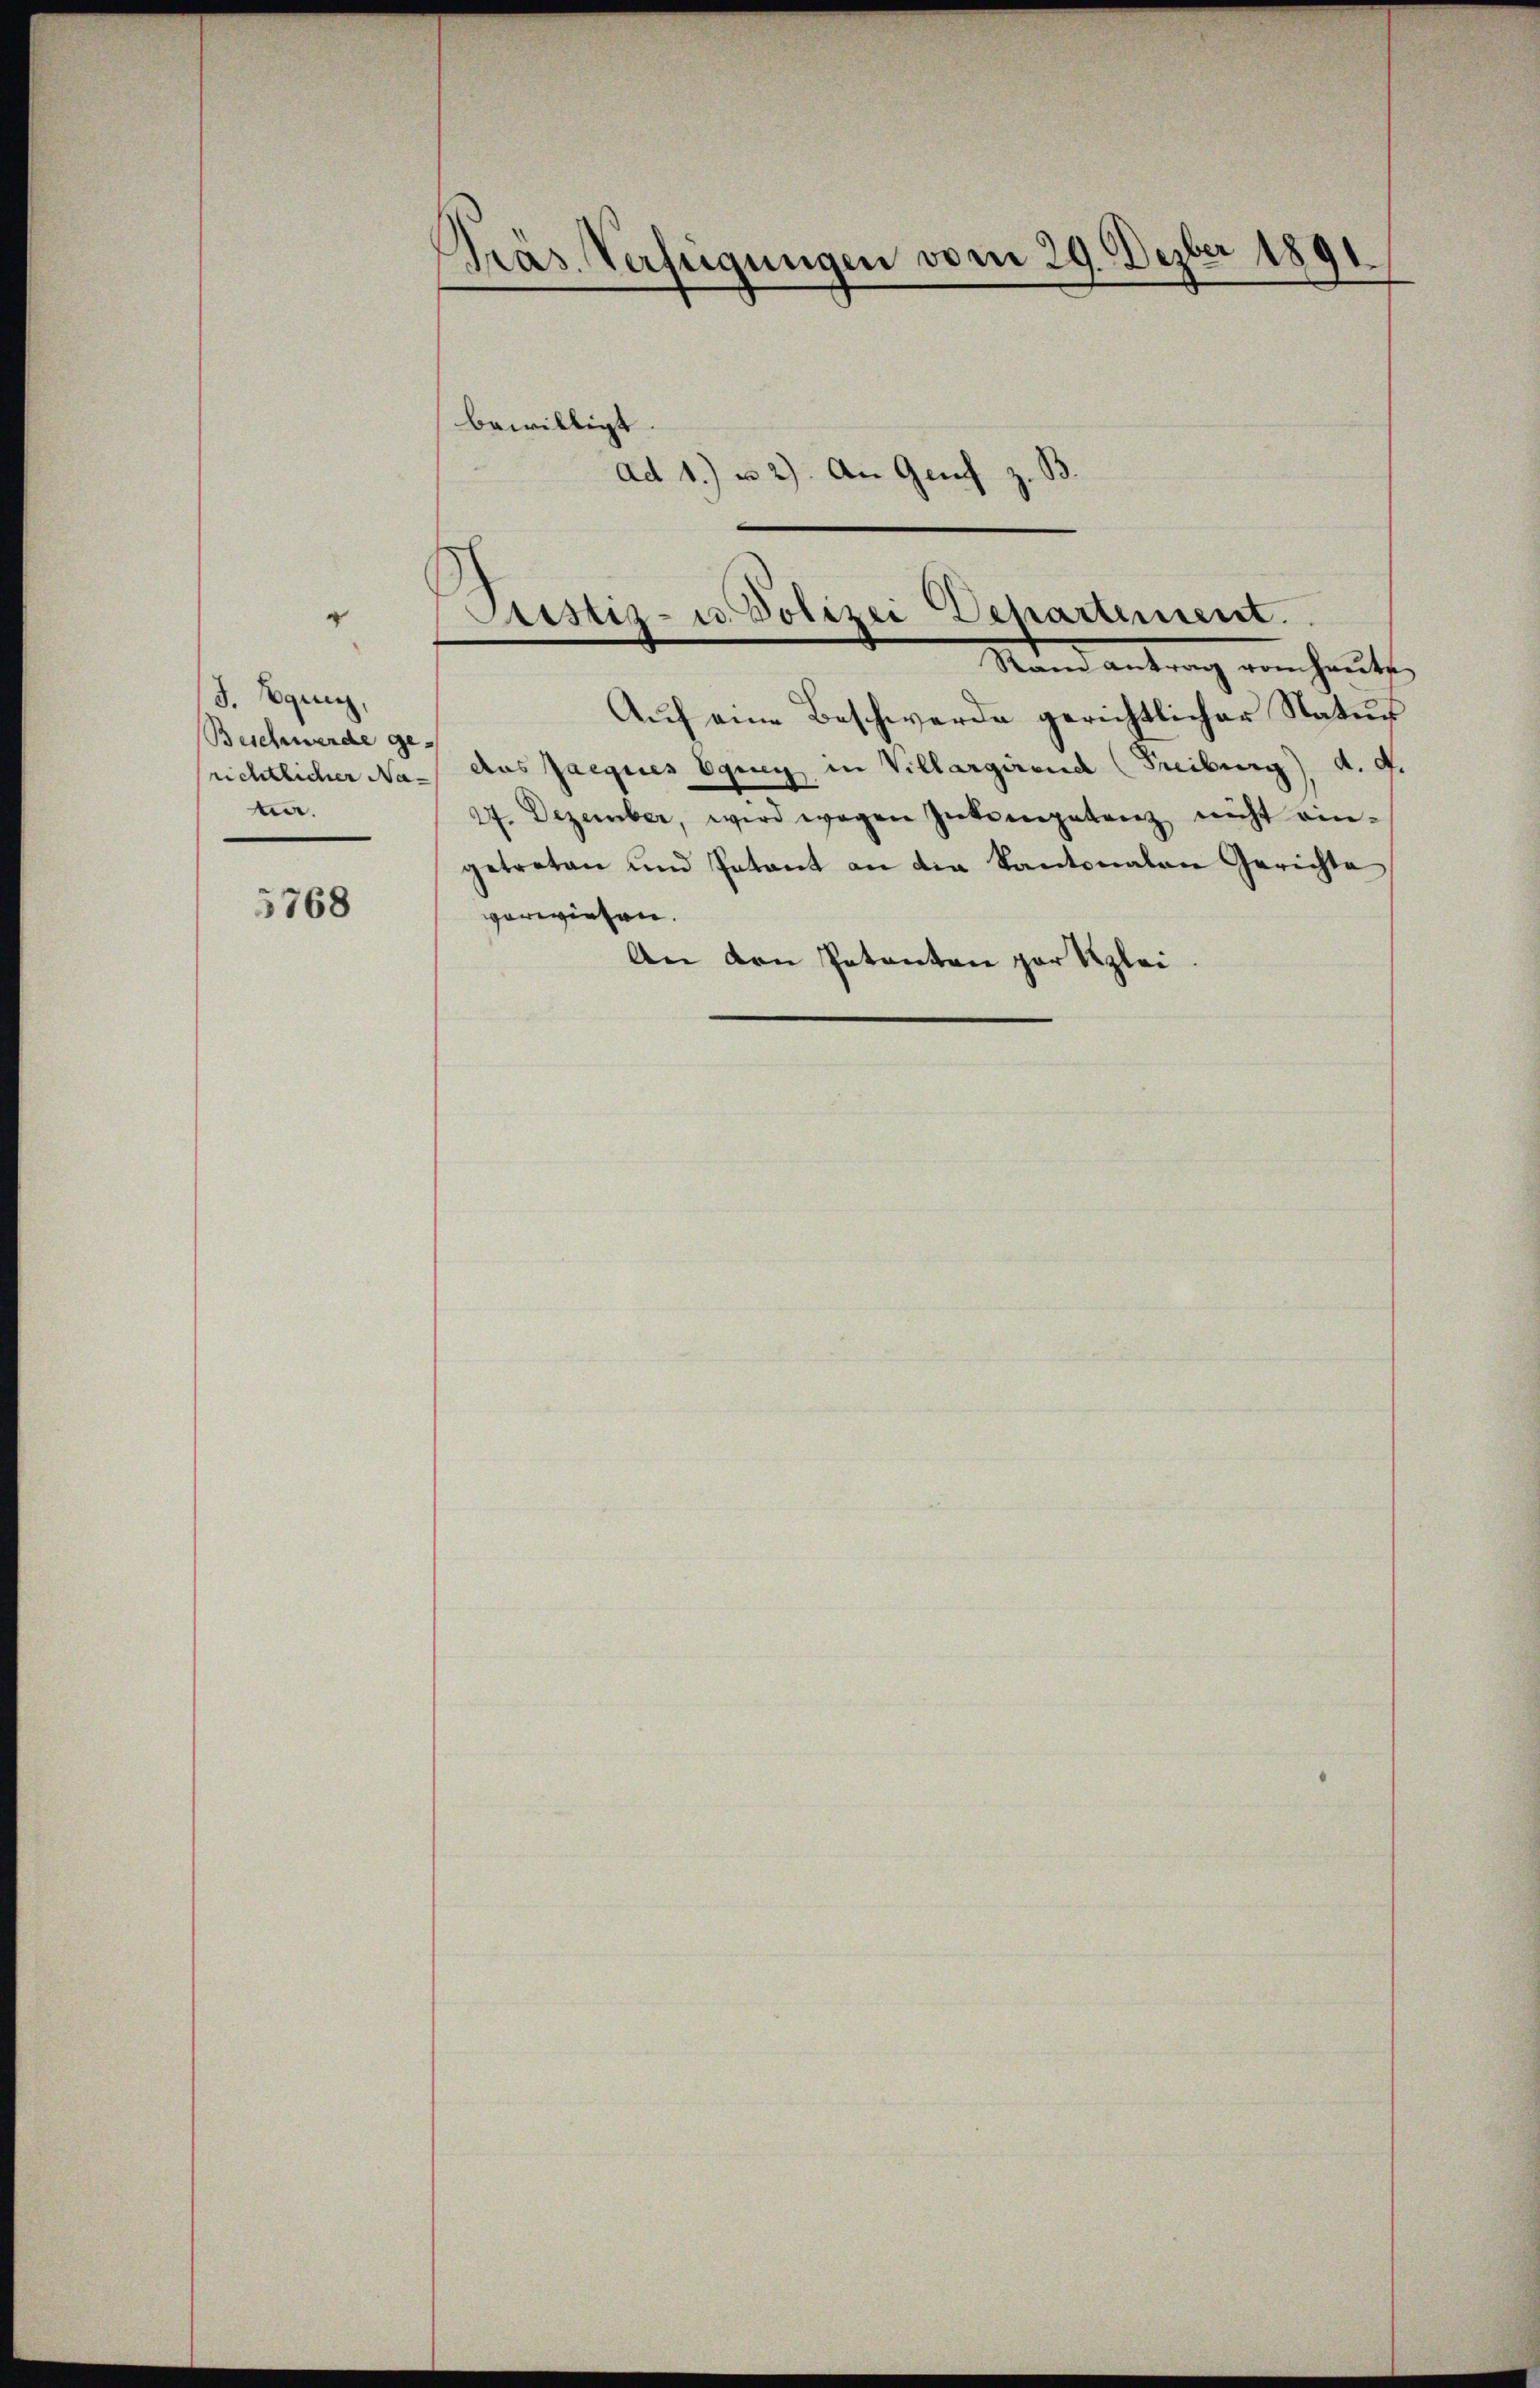
"
J. Equig,
Beschwerde ge-
richtlicher Nama.

5768

Präs. Verfügungen vom 29. Dezber 1891.
bewilligt
ad 1. u 2). An Genf z. B

Justiz- u. Polizei Departement.
Mund antrag von heute

Auf eine Beschwerde gerichtlicher Natur
das Jacques Egney in Villargirend (Freiburg), d. 4.
27. Dezember, wird wegen Intempetenz nicht ein-
getreten und Patant an die Kantonalen Gerichte
verwiesen.
An den Petenten par Klei¬